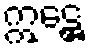
ဣဋ္ဌေ